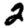
Digit: 2